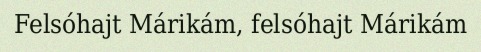
Felsóhajt Márikám, felsóhajt Márikám